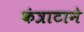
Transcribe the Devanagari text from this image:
कंत्राटाने